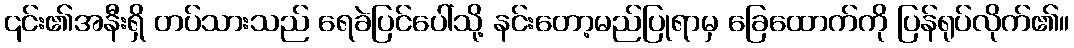
၎င်း၏အနီးရှိ တပ်သားသည် ရေခဲပြင်ပေါ်သို့ နင်းတော့မည်ပြုရာမှ ခြေထောက်ကို ပြန်ရုပ်လိုက်၏။